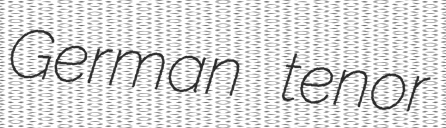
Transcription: German tenor